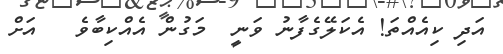
އަދި ކިއެއްތަ! އެކަލޭގެފާނު ވަނީ  މަގުން އެއްކިބާވެ   އަށް